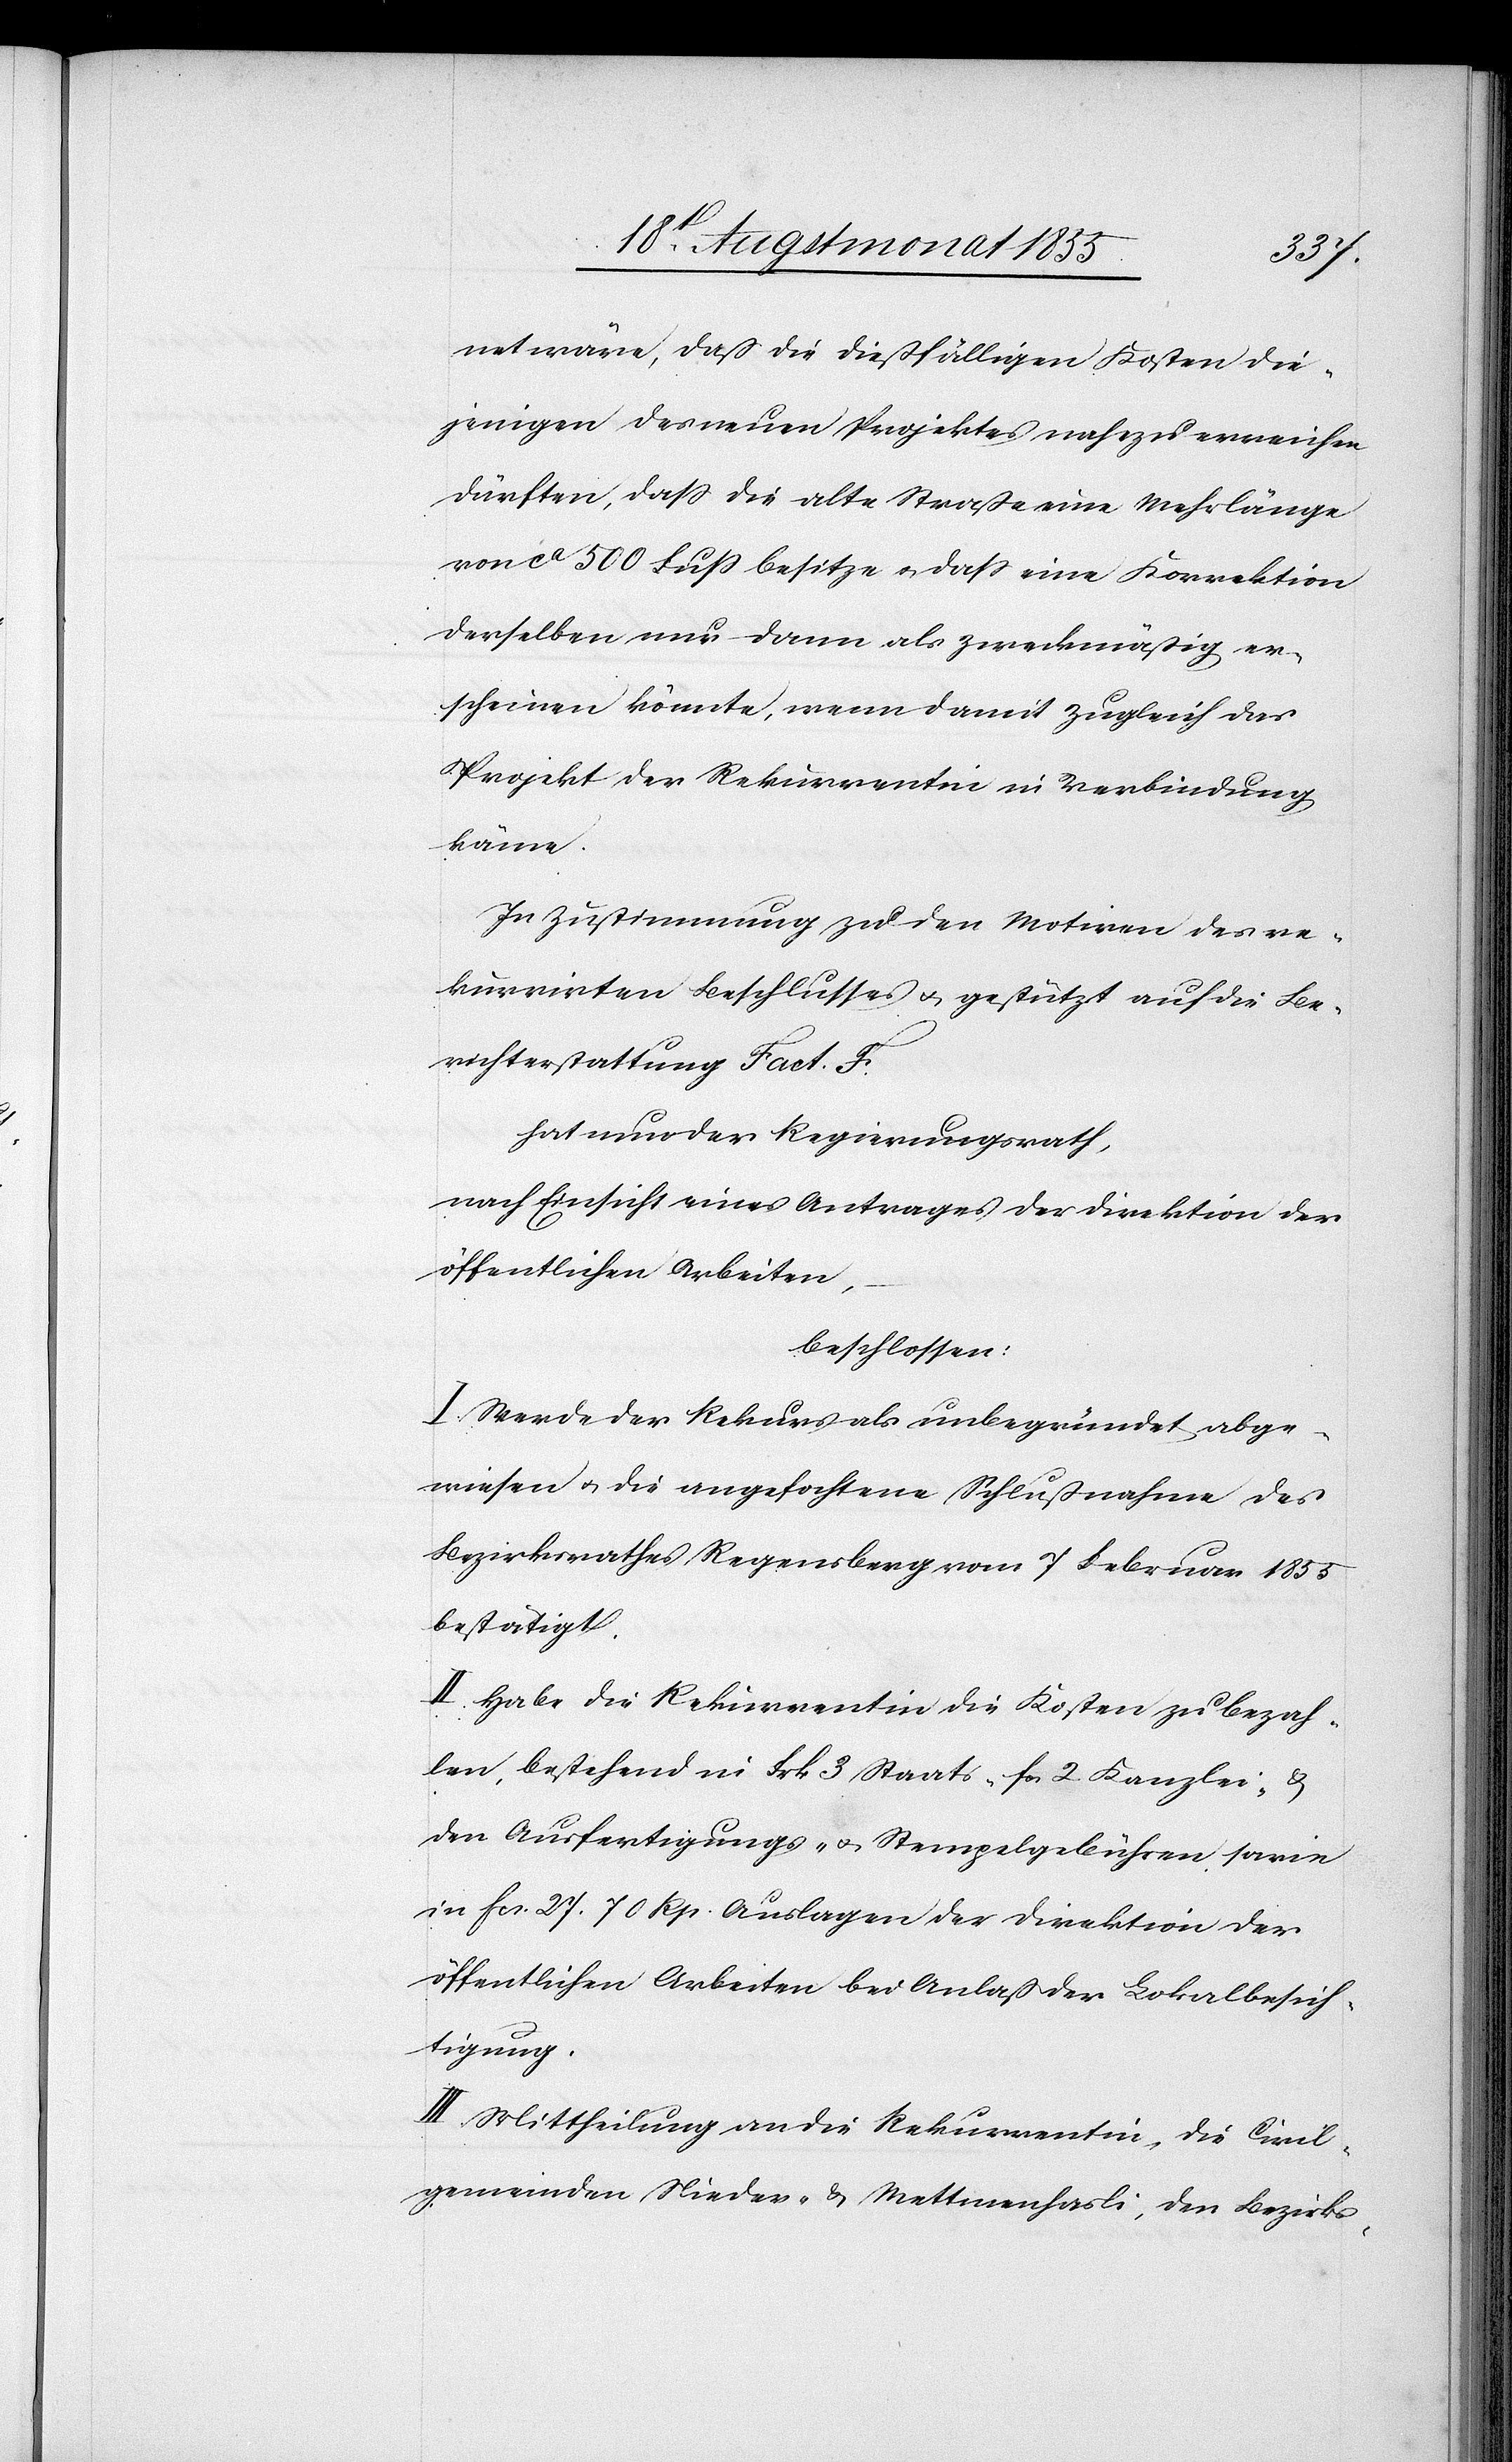
net wäre, daß die dießfälligen Kosten die¬
jenigen des neuen Projektes nahezu erreichen
dürften, dass die alte Straße eine Mehrlänge
von ca 500 Fuss besitze & dass eine Korrektion
derselben nur dann als zweckmäßig er¬
scheinen könnte, wenn damit zugleich das
Projekt der Rekurrentin in Verbindung
käme.
In Zustimmung zu den Motiven des re¬
kurrirten Beschlusses & gestützt auf die Be¬
richterstattung Fact. F.
hat nun der Regierungsrath,
nach Einsicht eines Antrages der Direktion der
öffentlichen Arbeiten,
beschlossen:
I. Werde der Rekurs als unbegründet abge¬
wiesen & die angefochtene Schlußnahme des
Bezirksrathes Regensberg vom 7 Februar 1855
bestätigt.
II. Habe die Rekurrentin die Kosten zu bezah¬
len, bestehend in Frk. 3 Staats-[,] Fcs. 2. Kanzlei- &
den Ausfertigungs- & Stempelgebühren sowie
in Fcs. 27. 70 Rp. Auslagen der Direktion der
öffentlichen Arbeiten bei Anlaß der Lokalbesich¬
tigung.
III. Mittheilung an die Rekurrentin, die Civil¬
gemeinden Nieder- & Mettmenhasli, den Bezirks-